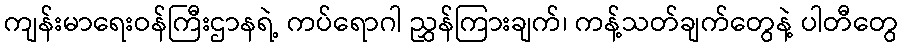
ကျန်းမာရေးဝန်ကြီးဌာနရဲ့ ကပ်ရောဂါ ညွှန်ကြားချက်၊ ကန့်သတ်ချက်တွေနဲ့ ပါတီတွေ